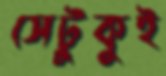
সেটুকুই